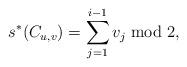
LaTeX: \begin{align*}s^\ast(C_{u,v}) = \sum_{j=1}^{i-1} v_j \bmod 2,\end{align*}